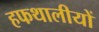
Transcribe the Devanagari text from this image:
हफथालीयों